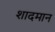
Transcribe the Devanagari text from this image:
शादमान